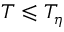
T \leqslant T _ { \eta }